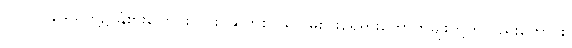
လွင်ပြင်ဒေသတို့၌ နှံစားပြောင်း၊ လူး၊ ဆတ်စသော မိုးပါးရေရှားကောက်မျိုးတို့ကိုလည်းကောင်း၊